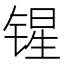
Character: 𰾝